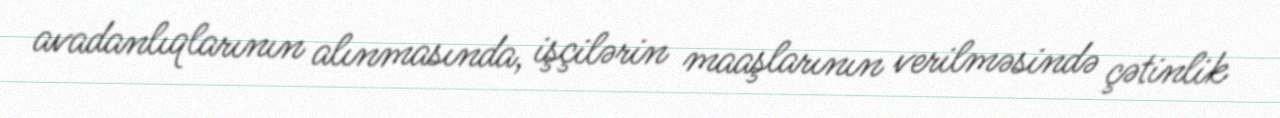
avadanlıqlarının alınmasında, işçilərin maaşlarının verilməsində çətinlik